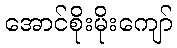
အောင်စိုးမိုးကျော်